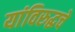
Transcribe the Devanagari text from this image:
यांविरुद्धचे